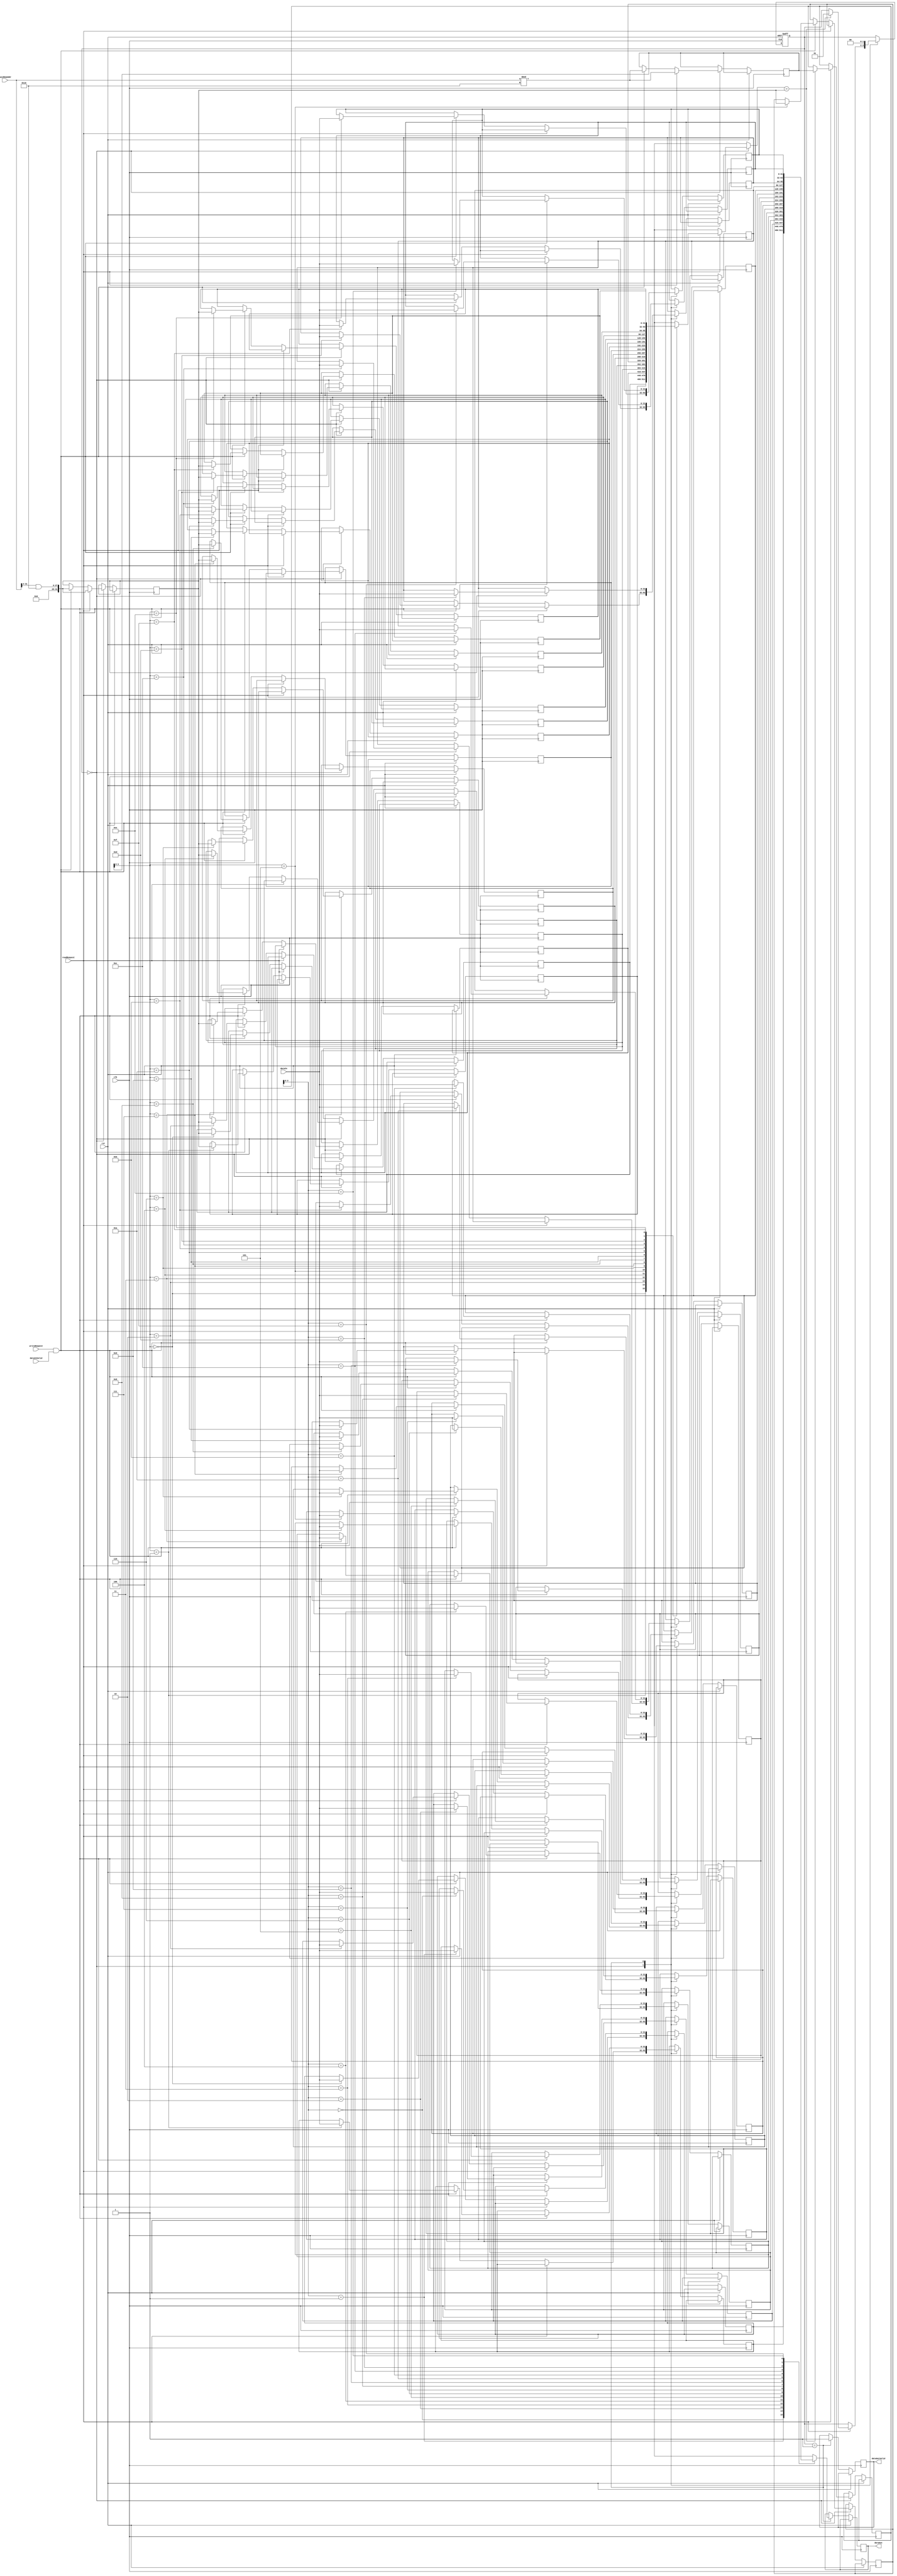
module CacheMemory(
  input wire clk,
  input wire rst,
  input wire [31:0] mainMemAddr,
  input wire [31:0] dataIn,
  input wire dataInValid,
  input wire readRequest,
  input wire writeRequest,
  output wire [31:0] dataOut,
  output wire dataOutValid
);

parameter CACHE_SIZE = 64;
parameter BLOCK_SIZE = 4;
parameter NUM_BLOCKS = CACHE_SIZE / BLOCK_SIZE;

reg [31:0] cacheData [0 : NUM_BLOCKS-1];
reg [31:0] cacheTag [0 : NUM_BLOCKS-1];
reg [31:0] tagMatch;
reg [31:0] tagIndex;
reg [31:0] dataIndex;
reg [1:0] state = 0;
reg [31:0] tempData;

always @(posedge clk or posedge rst) begin
  if (rst) begin
    state <= 0;
  end else begin
    case (state)
      0: begin
        if (readRequest) begin
          tagIndex <= mainMemAddr % NUM_BLOCKS;
          tagMatch <= (mainMemAddr >> $clog2(NUM_BLOCKS)) & NUM_BLOCKS;
          if (cacheTag[tagIndex] == tagMatch) begin
            dataIndex <= tagIndex;
            state <= 1;
          end
        end else if (writeRequest && dataInValid) begin
          tagIndex <= mainMemAddr % NUM_BLOCKS;
          tagMatch <= (mainMemAddr >> $clog2(NUM_BLOCKS)) & NUM_BLOCKS;
          cacheTag[tagIndex] <= tagMatch;
          cacheData[tagIndex] <= dataIn;
        end
      end
      1: begin
        dataOutValid <= 1;
        dataOut <= cacheData[dataIndex];
        if (writeRequest && dataInValid) begin
          cacheData[dataIndex] <= dataIn;
        end
        state <= 0;
      end
    endcase
  end
end

endmodule